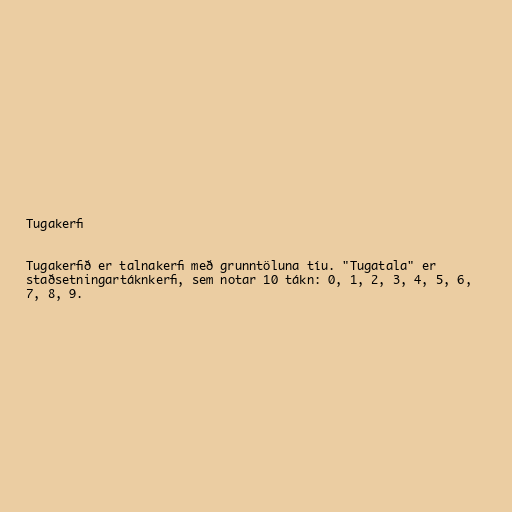
Tugakerfi

Tugakerfið er talnakerfi með grunntöluna tíu. "Tugatala" er
staðsetningartáknkerfi, sem notar 10 tákn: 0, 1, 2, 3, 4, 5, 6,
7, 8, 9.